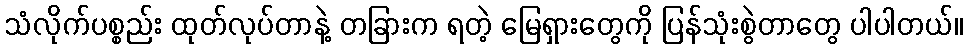
သံလိုက်ပစ္စည်း ထုတ်လုပ်တာနဲ့ တခြားက ရတဲ့ မြေရှားတွေကို ပြန်သုံးစွဲတာတွေ ပါပါတယ်။